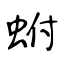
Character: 蚹